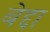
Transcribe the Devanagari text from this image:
बेद्दा